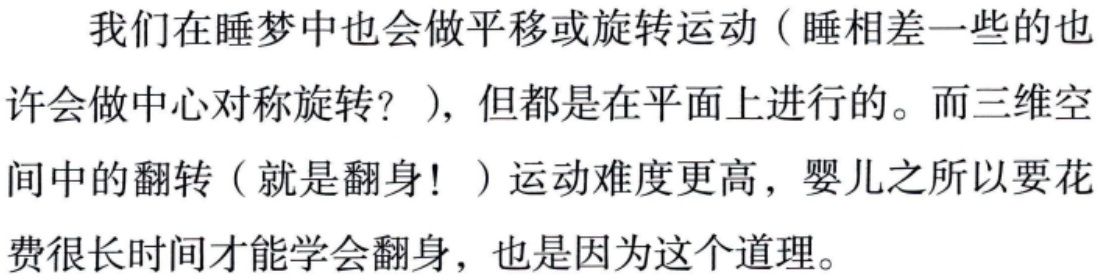
我们在睡梦中也会做平移或旋转运动（睡相差一些的也许会做中心对称旋转？），但都是在平面上进行的。而三维空间中的翻转（就是翻身！）运动难度更高，婴儿之所以要花费很长时间才能学会翻身，也是因为这个道理。